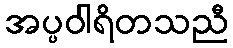
အပ္ပဝါရိတသညီ